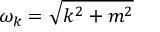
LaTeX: \omega _ { k } = { \sqrt { k ^ { 2 } + m ^ { 2 } } }